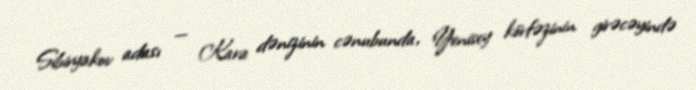
Sibiryakov adası — Kara dənizinin cənubunda, Yenisey körfəzinin girəcəyində